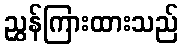
ညွှန်ကြားထားသည်